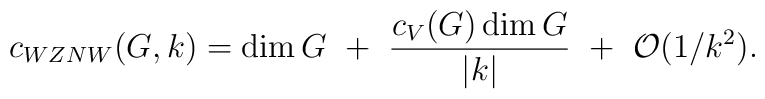
c_{WZNW}(G,k)=\dim G~+~{c_V(G)\dim G\over |k|}~+~{\cal O}(1/k^2).